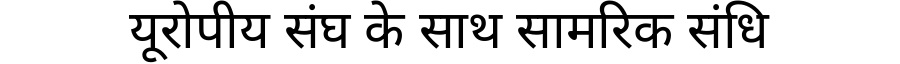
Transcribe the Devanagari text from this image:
यूरोपीय संघ के साथ सामरिक संधि